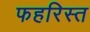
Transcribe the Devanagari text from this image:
फहरिस्त